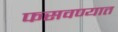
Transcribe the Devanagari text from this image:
फसवण्यात